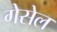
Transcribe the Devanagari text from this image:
गेसेल